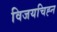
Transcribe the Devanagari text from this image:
विजयचिह्न